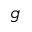
g